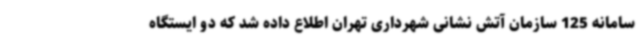
سامانه 125 سازمان آتش نشانی شهرداری تهران اطلاع داده شد که دو ایستگاه